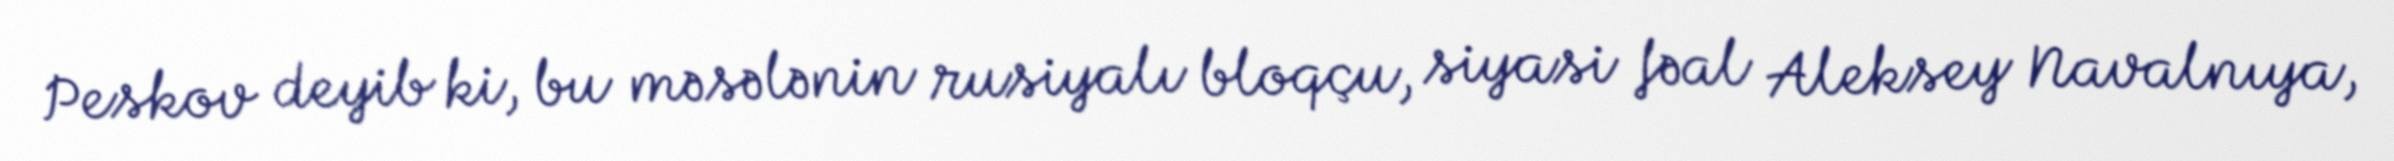
Peskov deyib ki, bu məsələnin rusiyalı bloqçu, siyasi fəal Aleksey Navalnıya,